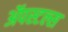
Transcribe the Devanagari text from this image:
ॲपस्टल्स